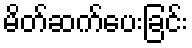
မိတ်ဆက်ပေးခြင်း